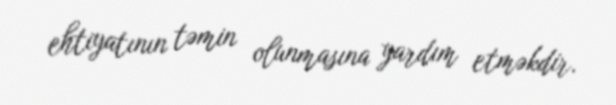
ehtiyatının təmin olunmasına yardım etməkdir.